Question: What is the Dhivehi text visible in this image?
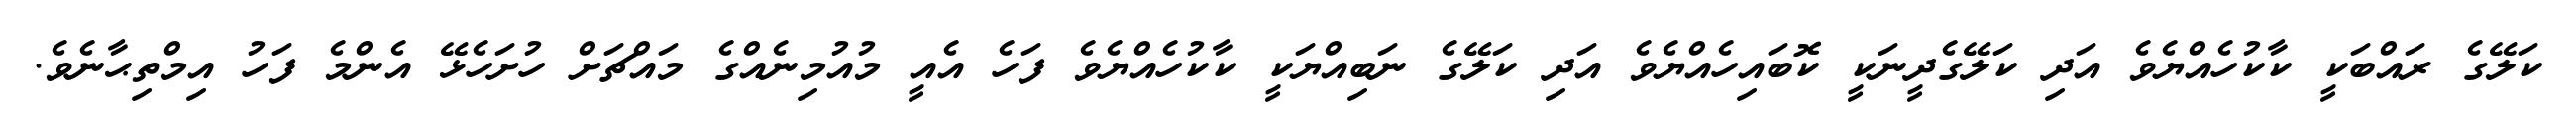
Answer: ކަލޭގެ ރައްބަކީ ކާކުހެއްޔެވެ އަދި ކަލޭގެދީނަކީ ކޮބައިހެއްޔެވެ އަދި ކަލޭގެ ނަބިއްޔަކީ ކާކުހެއްޔެވެ ފަހެ އެއީ މުއުމިނެއްގެ މައްޗަށް ހުށަހެޅޭ އެންމެ ފަހު އިމްތިޙާނެވެ.